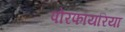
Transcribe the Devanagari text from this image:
पोरफायरिया